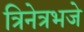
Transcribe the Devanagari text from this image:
त्रिनेत्रभजे